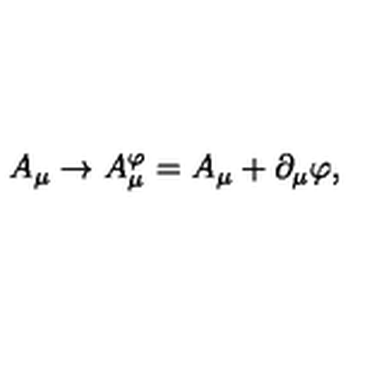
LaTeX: A _ { \mu } \to A _ { \mu } ^ { \varphi } = A _ { \mu } + \partial _ { \mu } \varphi ,